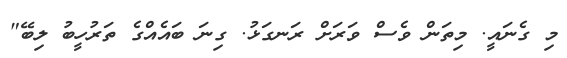
މި ގެނައީ. މިތަން ވެސް ވަރަށް ރަނގަޅު. ގިނަ ބައެއްގެ ތަރުހީބު ލިބޭ"